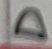
Text: D